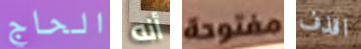
الحاج أنه مفتوحة اقذف